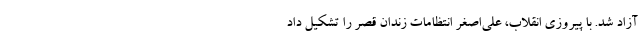
آزاد شد. با پیروزی انقلاب، علی‌اصغر انتظامات زندان قصر را تشکیل داد